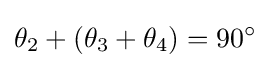
\theta _{2}+(\theta _{3}+\theta _{4})=90^{\circ }